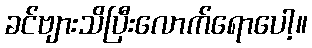
ခင်ဗျားသိပြီးလောက်ရောပေါ့။